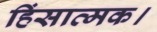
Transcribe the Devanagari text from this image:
हिंसात्मक।